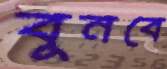
বুনবে